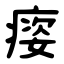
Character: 㾳